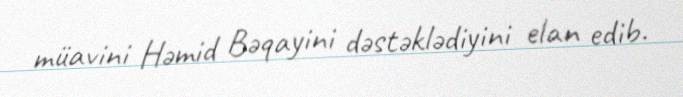
müavini Həmid Bəqayini dəstəklədiyini elan edib.